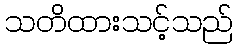
သတိထားသင့်သည်